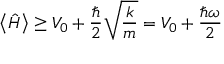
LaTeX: \left\langle { \hat { H } } \right\rangle \geq V _ { 0 } + { \frac { \hbar } { 2 } } { \sqrt { \frac { k } { m } } } = V _ { 0 } + { \frac { \hbar \omega } { 2 } }